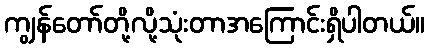
ကျွန်တော်တို့လို့သုံးတာအကြောင်းရှိပါတယ်။